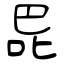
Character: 巼